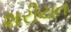
શરીયત